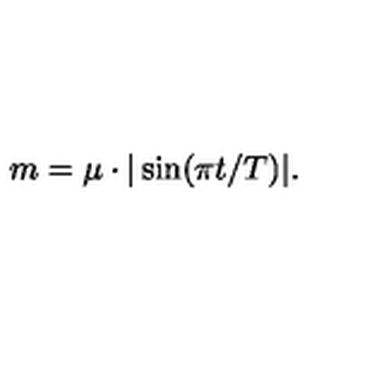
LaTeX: m = \mu \cdot | \sin ( \pi t / T ) | .